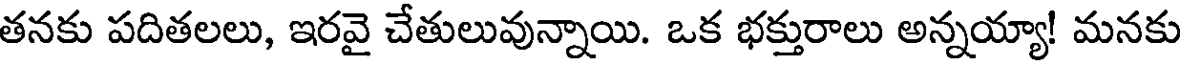
తనకు పదితలలు, ఇరవై చేతులువున్నాయి. ఒక భక్తురాలు అన్నయ్యా! మనకు